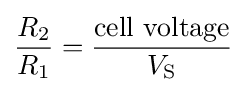
{R_{2} \over R_{1}}={{\mbox{cell voltage}} \over V_{\mathrm {S} }}